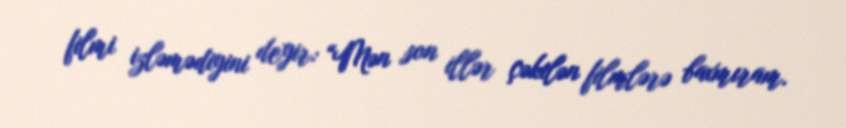
filmi izləmədiyini deyir: “Mən son illər çəkilən filmlərə baxmıram.